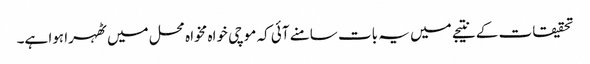
تحقیقات کے نتیجے میں یہ بات سامنے آئی کہ موچی خواہ مخواہ محل میں ٹھہرا ہوا ہے۔